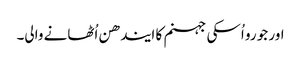
اور جو رو اُسکی جہنم کا ایندھن اُٹھانے والی۔